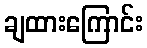
ချထားကြောင်း